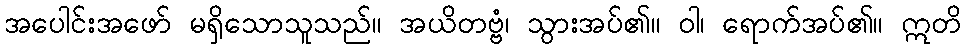
အပေါင်းအဖော် မရှိသောသူသည်။ အယိတဗ္ဗံ၊ သွားအပ်၏။ ဝါ၊ ရောက်အပ်၏။ ဣတိ